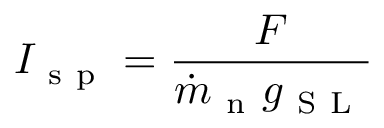
I _ { \mathrm { ~ s ~ p ~ } } = \frac { F } { \dot { m } _ { \mathrm { ~ n ~ } } g _ { \mathrm { ~ S ~ L ~ } } }